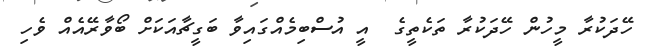
ހޭދަކުރާ މީހުން ހޭދަކުރާ ތަކެތީގެ  އީ އުސްބިމެއްގައިވާ ބަގީޗާއަކަށް ބޯވާރޭއެއް ވެހި